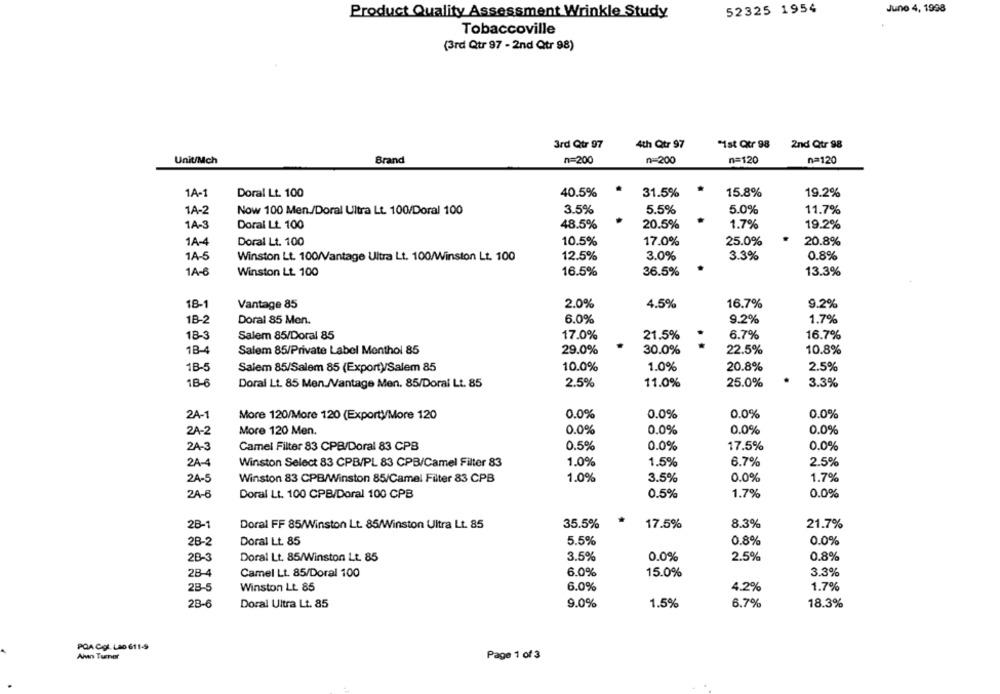
Product Quality Assessment Wrinkle Study
52325 1954
Juno 4, 1998
Tobaccoville
(3rd Qtr 97 - 2nd Qtr 98)
3rd Qtr 97
4th Qtr 97
"Ist Qtr 98
2nd Qtr 98
Unit/Mch
Brand
n=200
n-200
n=120
n=120
1A-1
Doral Lt. 100
40.5%
.
31.5%
.
15.8%
19.2%
1A-2
Now 100 Men./Doral Ultra Lt. 100/Doral 100
3.5%
5.5%
5.0%
11.7%
1A-3
Doral Lt. 100
48.5%
20.5%
1.7%
19.2%
1A-4
Doral Lt. 100
10.5%
17.0%
25.0%
20.8%
1A-5
12.5%
3.0%
3.3%
0.8%
Winston Lt. 100/Vantage Ultra Lt. 100/Winston Lt. 100
1A-6
Winston Lt. 100
16.5%
36.5%
13.3%
18-1
Vantage 85
2.0%
4.5%
16.7%
9.2%
6.0%
1B-2
Doral 85 Men.
9.2%
1.7%
18-3
Salem 85/Doral 85
17.0%
21.5%
6.7%
16.7%
..
1B-4
Salem 85/Private Label Menthol 85
29.0%
30.0%
22.5%
10.8%
1B-5
Salem 85/Salem 85 (Export)/Salem 85
10.0%
1.0%
20.8%
2.5%
1B-6
Doral Lt. 85 Men./Vantage Men. 85/Doral Lt. 85
2.5%
11.0%
25.0%
3.3%
2A-1
More 120/More 120 (Exporty/More 120
0.0%
0.0%
0.0%
0.0%
0.0%
0.0%
0.0%
0.0%
2A-2
More 120 Men.
2A-3
Camel Filter 83 CPB/Doral 83 CPB
0.5%
0.0%
17.5%
0.0%
2A-4
Winston Select 83 CPB/PL 83 CPB/Camel Filter 83
1.0%
1.5%
6.7%
2.5%
2A-5
Winston 83 CPB/Winston 85/Camel Filter 83 CPB
1.0%
3.5%
0.0%
1.7%
2A-6
Doral Lt. 100 CPB/Doral 100 CPB
0.5%
1.7%
0.0%
2B-1
Doral FF 85/Winston Lt. 85/Winston Ultra Lt. 85
35.5%
17.5%
8.3%
21.7%
2B-2
Doral Lt. 85
5.5%
0.8%
0.0%
2B-3
Doral Lt. 85/Winston Lt. 85
3.5%
0.0%
2.5%
0.8%
2B-4
Camel Lt. 85/Doral 100
6.0%
15.0%
3.3%
2B-5
Winston Lt 85
6.0%
4.2%
1.7%
28-6
Doral Ultra Lt. 85
9.0%
18.3%
1.5%
6.7%
PQA Cgt. Lao 611-9
Ain Turner
Page 1 of 3